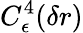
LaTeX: C_{\epsilon}^{4}(\delta r)